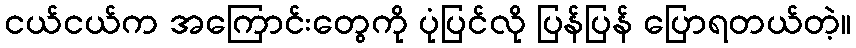
ငယ်ငယ်က အကြောင်းတွေကို ပုံပြင်လို ပြန်ပြန် ပြောရတယ်တဲ့။